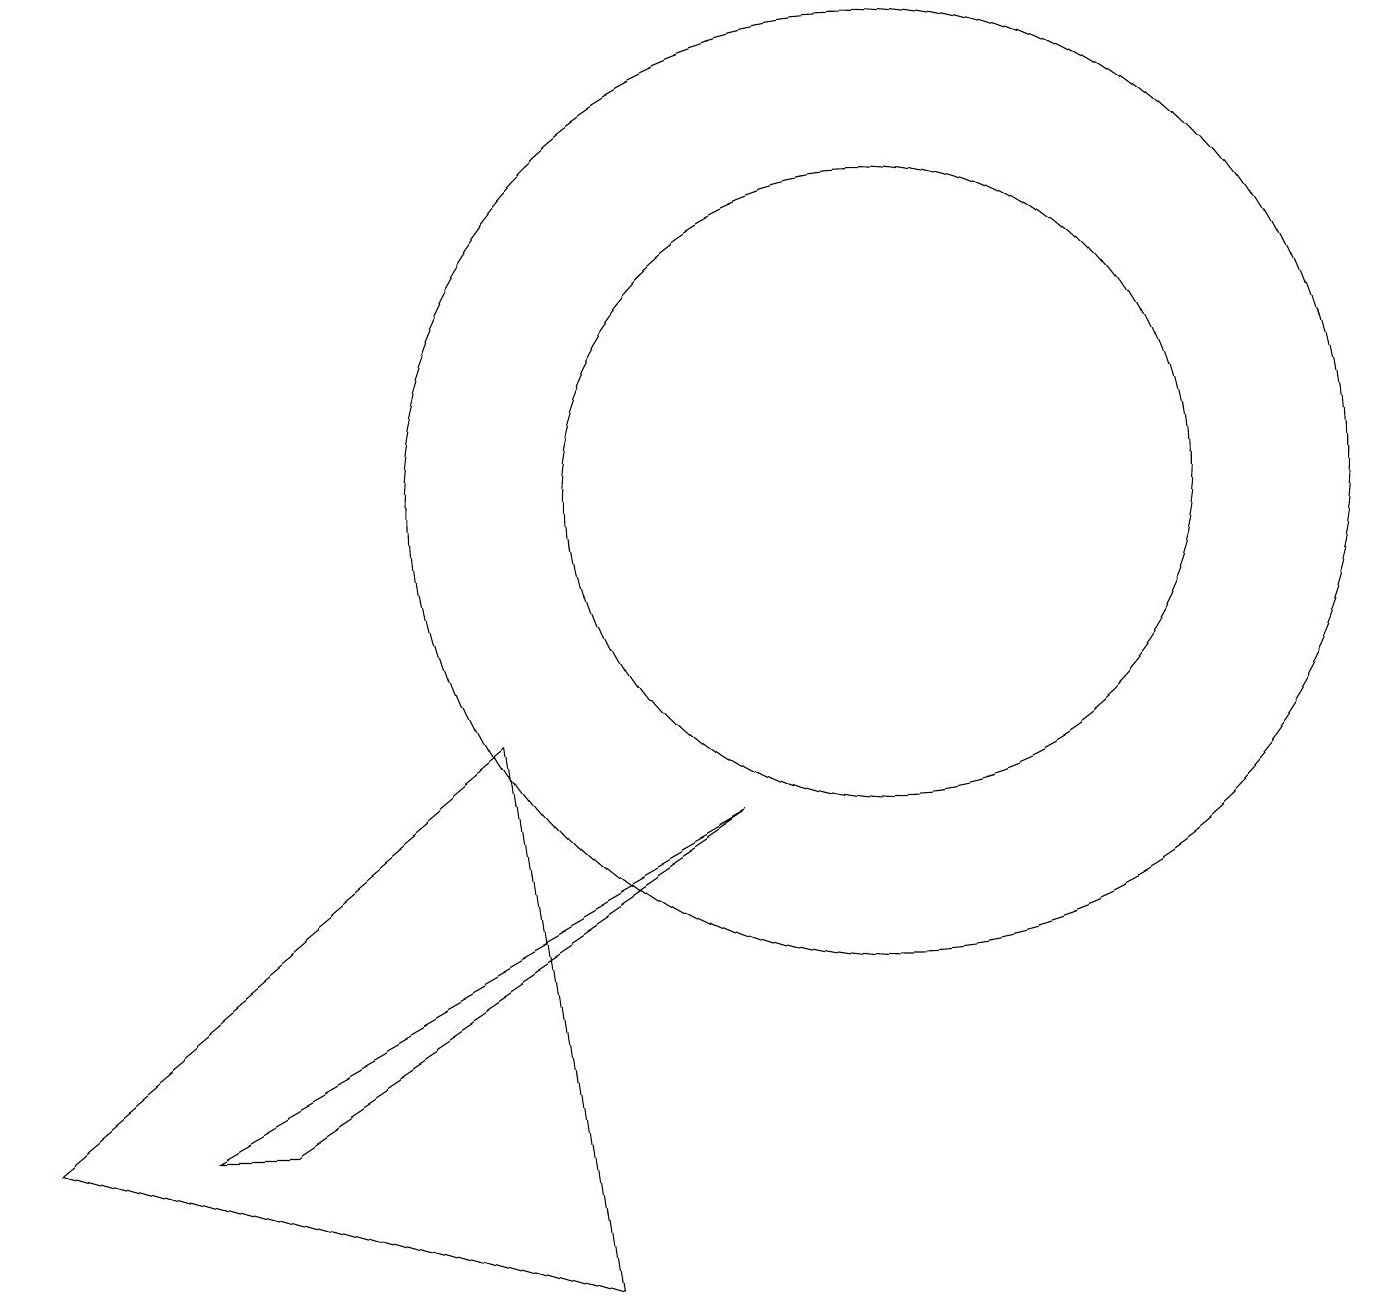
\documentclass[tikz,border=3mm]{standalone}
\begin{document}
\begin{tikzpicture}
\draw (2,2) -- (3,2) -- (9,6) -- cycle;
\draw (0,2) -- (6,7) -- (7,0) -- cycle;
\draw (11,10) circle (6);
\draw (11,10) circle (4);
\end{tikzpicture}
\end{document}